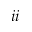
i i